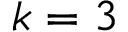
k = 3